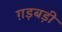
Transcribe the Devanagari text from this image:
ग़ड़बड़ी